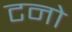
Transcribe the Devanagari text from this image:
टनो